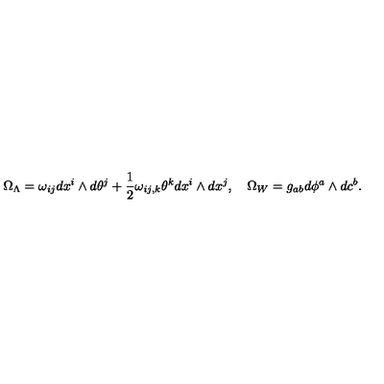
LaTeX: \Omega _ { \Lambda } = \omega _ { i j } d x ^ { i } \wedge d \theta ^ { j } + \frac 1 2 \omega _ { i j , k } \theta ^ { k } d x ^ { i } \wedge d x ^ { j } , \quad \Omega _ { W } = g _ { a b } d \phi ^ { a } \wedge d c ^ { b } .